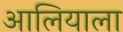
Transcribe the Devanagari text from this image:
आलियाला